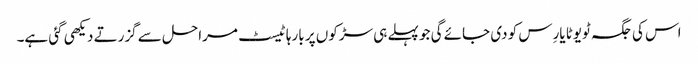
اس کی جگہ ٹویوٹا یارِس کو دی جائے گی جو پہلے ہی سڑکوں پر بارہا ٹیسٹ مراحل سے گزرتے دیکھی گئی ہے۔